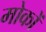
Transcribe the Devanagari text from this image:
मोकों